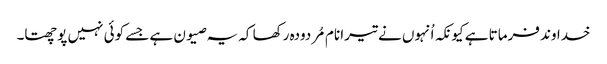
خداوند فرماتا ہے کیونکہ اُنہوں نے تیرا نام مُردودہ رکھا کہ یہ صیون ہے جسے کوئی نہیں پوچھتا۔